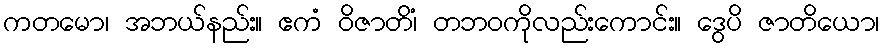
ကတမော၊ အဘယ်နည်း။ ဧကံ ဝိဇာတိံ၊ တဘဝကိုလည်းကောင်း။ ဒွေပိ ဇာတိယော၊